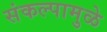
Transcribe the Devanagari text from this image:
संकल्पामुळे